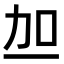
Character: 𫦥